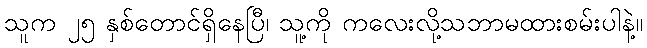
သူက ၂၅ နှစ်တောင်ရှိနေပြီ၊ သူ့ကို ကလေးလို့သဘာမထားစမ်းပါနဲ့။